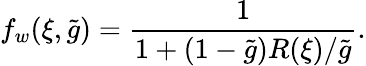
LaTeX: f_{w}(\xi,\tilde{g})=\frac{1}{1+(1-\tilde{g})R(\xi)/\tilde{g}}.